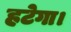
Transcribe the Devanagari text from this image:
हटेगा।